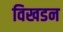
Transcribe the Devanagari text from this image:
विखडन